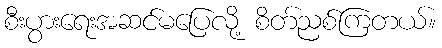
စီးပွားရေးအဆင်မပြေလို့ စိတ်ညစ်ကြတယ်။